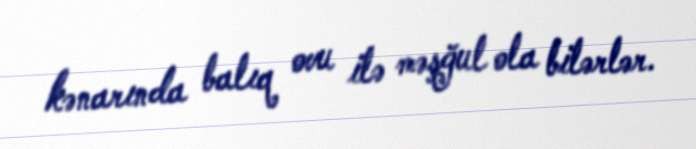
kənarında balıq ovu ilə məşğul ola bilərlər.